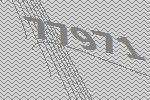
77971